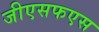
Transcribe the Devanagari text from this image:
जीएसफएस